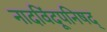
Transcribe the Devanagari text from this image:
नादविंदूपनिषद्